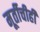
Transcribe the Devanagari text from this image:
मूर्तीचीही